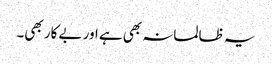
یہ ظالمانہ بھی ہے اور بے کار بھی۔